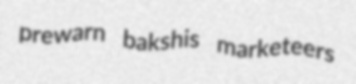
prewarn bakshis marketeers